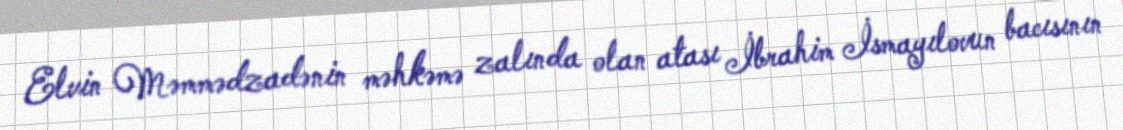
Elvin Məmmədzadənin məhkəmə zalında olan atası İbrahim İsmayılovun bacısının